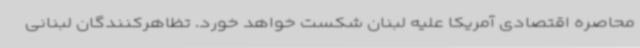
محاصره اقتصادی آمریکا علیه لبنان شکست خواهد خورد. تظاهرکنندگان لبنانی